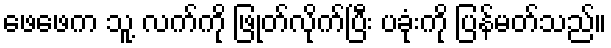
ဖေဖေက သူ့ လက်ကို ဖြုတ်လိုက်ပြီး ပခုံးကို ပြန်မတ်သည်။